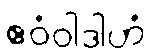
ဧဝံဝါဒါဟံ